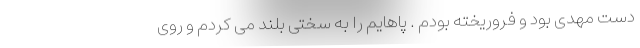
دست مهدی بود و فروریخته بودم . پاهایم را به سختی بلند می کردم و روی